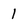
Character: 1